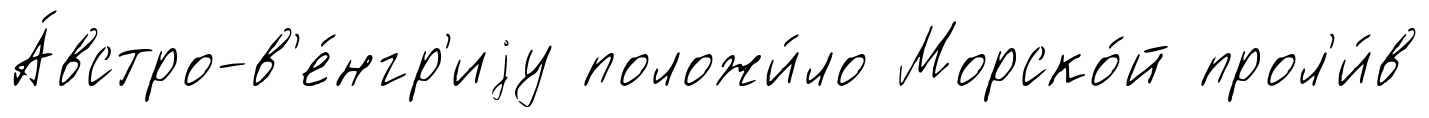
А́встро-в'е́нгр'иjу положи́ло Морско́й прол'и́в